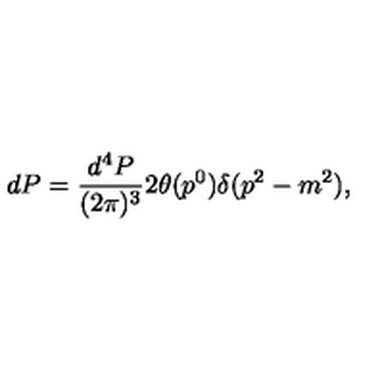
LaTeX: d P = { \frac { d ^ { 4 } P } { ( 2 \pi ) ^ { 3 } } } 2 \theta ( p ^ { 0 } ) \delta ( p ^ { 2 } - m ^ { 2 } ) ,